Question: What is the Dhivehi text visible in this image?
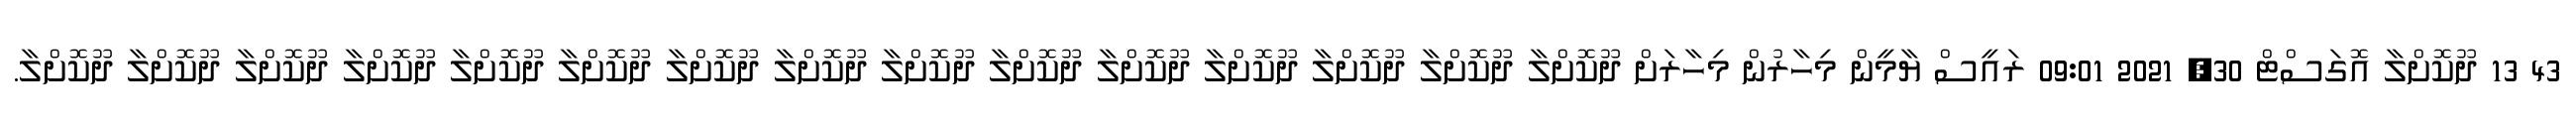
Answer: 43 13 ދޫކޮށްލާ އޮގަސްޓް 30, 2021 09:01 ރައީސް ޔާމީން މިހާރުން މިހާރަށް ދޫކޮށްލާ ދޫކޮށްލާ ދޫކޮށްލާ ދޫކޮށްލާ ދޫކޮށްލާ ދޫކޮށްލާ ދޫކޮށްލާ ދޫކޮށްލާ ދޫކޮށްލާ ދޫކޮށްލާ ދޫކޮށްލާ ދޫކޮށްލާ ދޫކޮށްލާ ދޫކޮށްލާ ދޫކޮށްލާ.